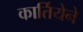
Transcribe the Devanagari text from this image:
कार्तियेने